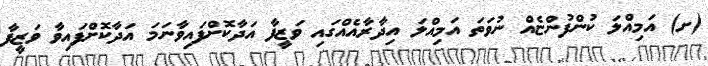
(ށ) އަމިއްލަ ކުންފުންޏެއް ނުވަތަ އަމިއްލަ އިދާރާއެއްގައި ވަޒީފާ އަދާކޮށްފައިވާނަމަ އަދާކޮށްފައިވާ ވަޒީފާ